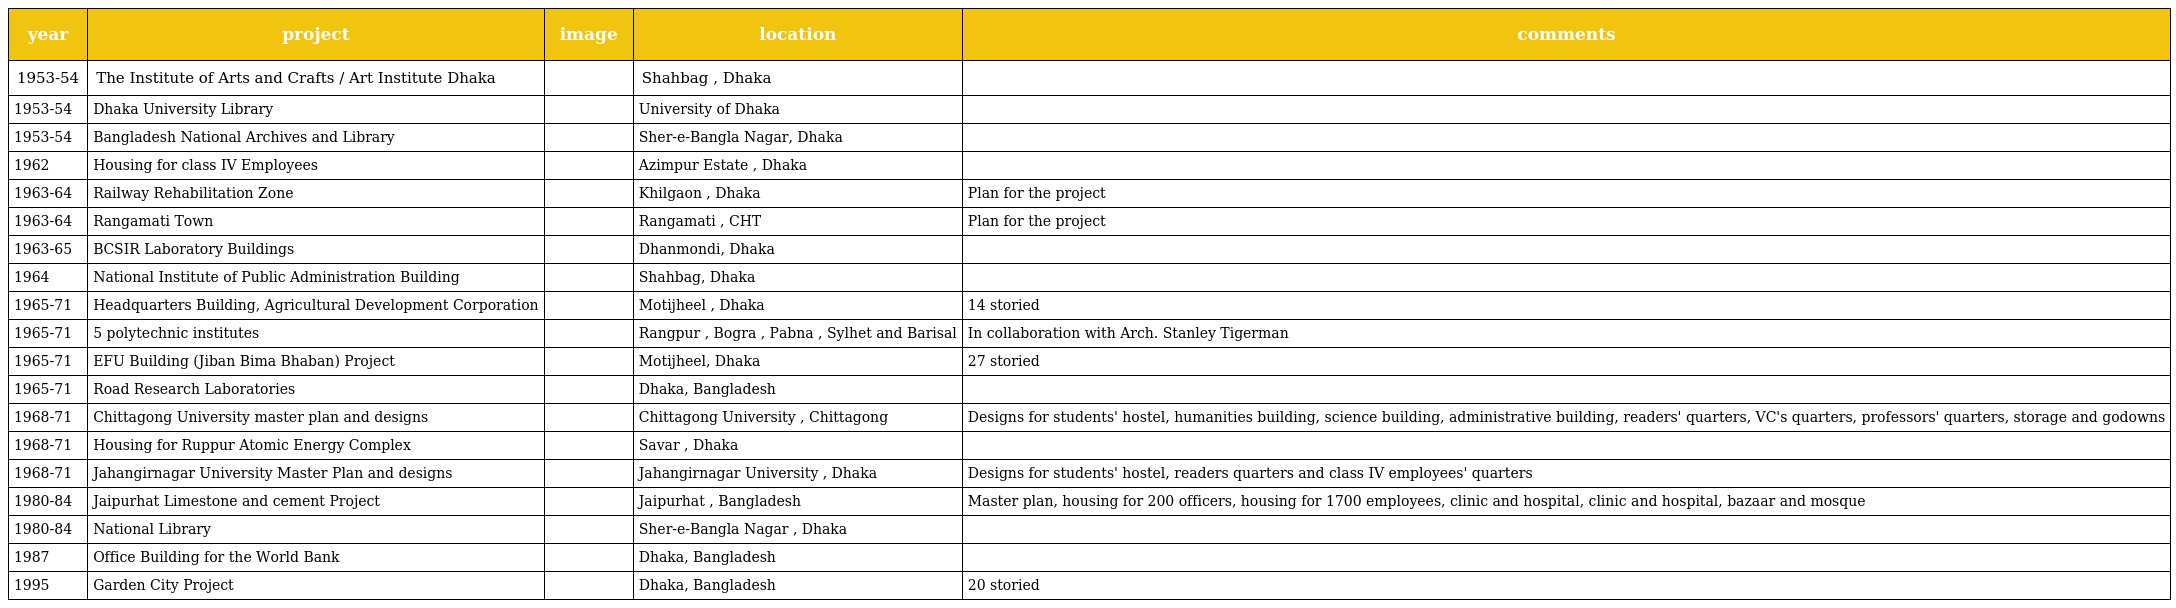
| year | project | image | location | comments |
 | --- | --- | --- | --- | --- |
 | 1953-54 | The Institute of Arts and Crafts / Art Institute Dhaka |  | Shahbag , Dhaka |  |
 | 1953-54 | Dhaka University Library |  | University of Dhaka |  |
 | 1953-54 | Bangladesh National Archives and Library |  | Sher-e-Bangla Nagar, Dhaka |  |
 | 1962 | Housing for class IV Employees |  | Azimpur Estate , Dhaka |  |
 | 1963-64 | Railway Rehabilitation Zone |  | Khilgaon , Dhaka | Plan for the project |
 | 1963-64 | Rangamati Town |  | Rangamati , CHT | Plan for the project |
 | 1963-65 | BCSIR Laboratory Buildings |  | Dhanmondi, Dhaka |  |
 | 1964 | National Institute of Public Administration Building |  | Shahbag, Dhaka |  |
 | 1965-71 | Headquarters Building, Agricultural Development Corporation |  | Motijheel , Dhaka | 14 storied |
 | 1965-71 | 5 polytechnic institutes |  | Rangpur , Bogra , Pabna , Sylhet and Barisal | In collaboration with Arch. Stanley Tigerman |
 | 1965-71 | EFU Building (Jiban Bima Bhaban) Project |  | Motijheel, Dhaka | 27 storied |
 | 1965-71 | Road Research Laboratories |  | Dhaka, Bangladesh |  |
 | 1968-71 | Chittagong University master plan and designs |  | Chittagong University , Chittagong | Designs for students' hostel, humanities building, science building, administrative building, readers' quarters, VC's quarters, professors' quarters, storage and godowns |
 | 1968-71 | Housing for Ruppur Atomic Energy Complex |  | Savar , Dhaka |  |
 | 1968-71 | Jahangirnagar University Master Plan and designs |  | Jahangirnagar University , Dhaka | Designs for students' hostel, readers quarters and class IV employees' quarters |
 | 1980-84 | Jaipurhat Limestone and cement Project |  | Jaipurhat , Bangladesh | Master plan, housing for 200 officers, housing for 1700 employees, clinic and hospital, clinic and hospital, bazaar and mosque |
 | 1980-84 | National Library |  | Sher-e-Bangla Nagar , Dhaka |  |
 | 1987 | Office Building for the World Bank |  | Dhaka, Bangladesh |  |
 | 1995 | Garden City Project |  | Dhaka, Bangladesh | 20 storied |